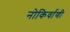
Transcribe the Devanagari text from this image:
नोकिर्वाणी